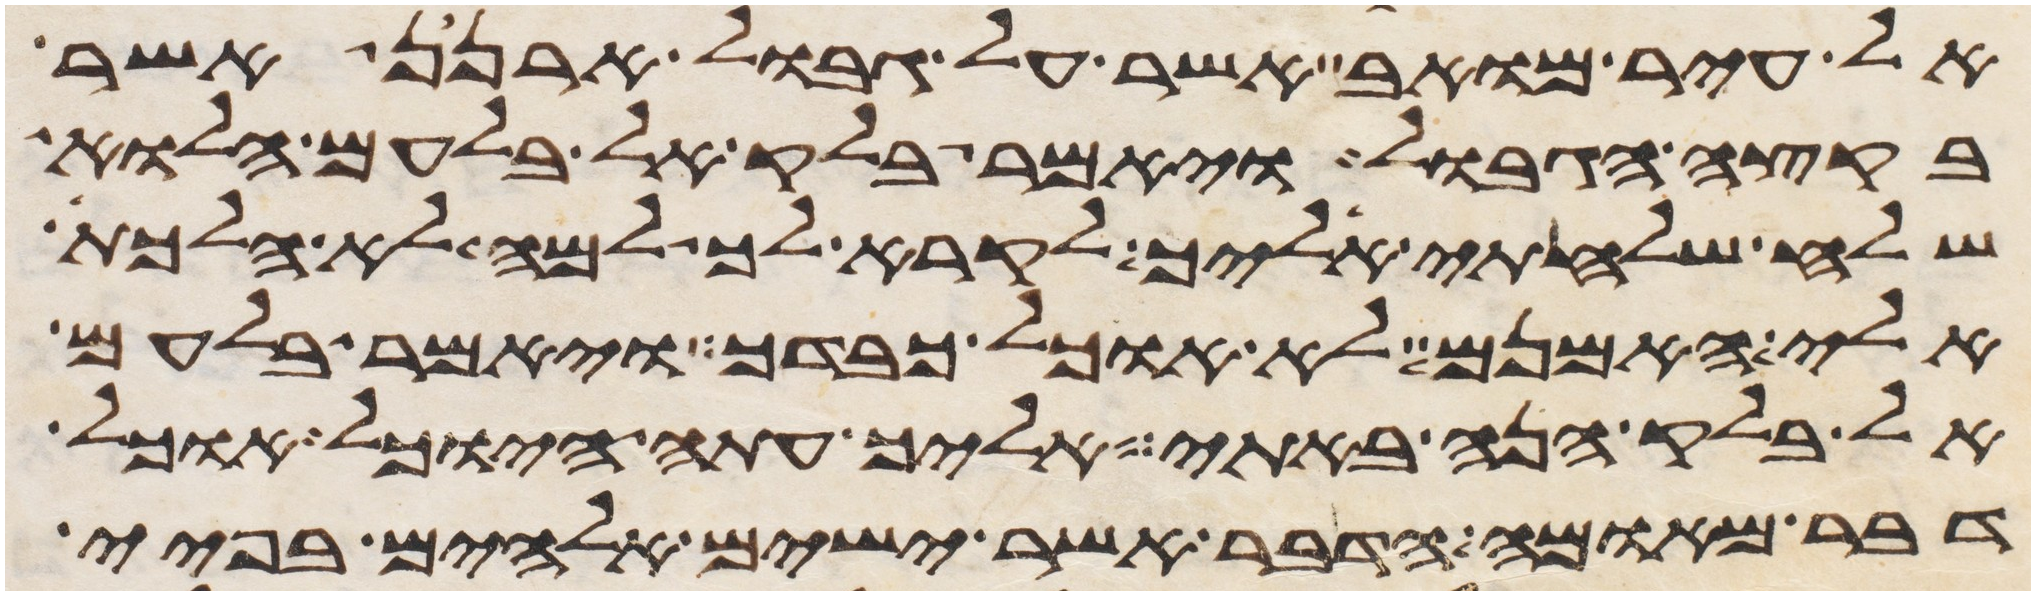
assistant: אל עיר מואב אשר על גבול ארנן אשר
בקצה הגבול ויאמר בלק אל בלעם הלוא
שלח שלחתי אליך לקרא לך למה לא הלכת
אלי האמנם לא אוכל כבדך ויאמר בלעם
אל בלק הנה באתי אליך עתה היוכל אוכל
דבר מאומה הדבר אשר ישים אלהים בפיי